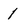
Character: 1